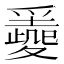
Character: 𡕼